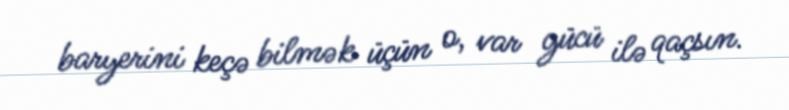
baryerini keçə bilmək üçün o, var gücü ilə qaçsın.